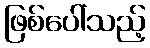
ဖြစ်ပေါ်သည့်